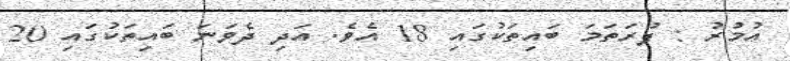
އުމުރު : ފުރަތަމަ ބައިތަކުގައި 18 އެވެ. އަދި ދެވަނަ ބައިތަކުގައި 20